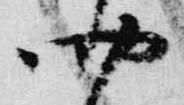
四